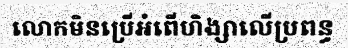
លោកមិនប្រើអំពើហិង្សាលើប្រពន្ធ